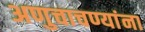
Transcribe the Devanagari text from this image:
अणुचाचण्यांना